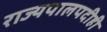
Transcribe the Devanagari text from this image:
राज्यपालपदीही